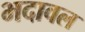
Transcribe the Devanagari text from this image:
भदावल